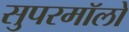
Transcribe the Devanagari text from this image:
सुपरमॉलों